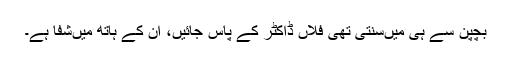
بچپن سے ہی میں‌سنتی تھی فلاں ڈاکٹر کے پاس جائیں‌، ان کے ہاتھ میں‌شفا ہے۔